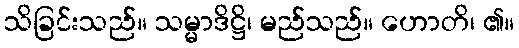
သိခြင်းသည်။ သမ္မာဒိဋ္ဌိ၊ မည်သည်။ ဟောတိ၊ ၏။